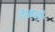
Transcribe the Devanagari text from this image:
है।कभी